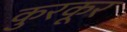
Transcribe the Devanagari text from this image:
कुरकूर